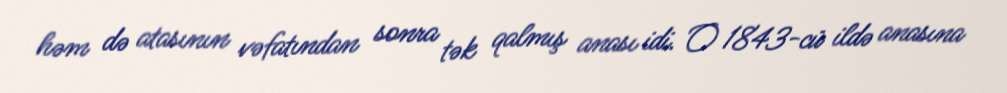
həm də atasının vəfatından sonra tək qalmış anası idi. O 1843-cü ildə anasına